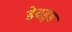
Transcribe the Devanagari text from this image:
डेवहुड